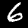
Label: 6